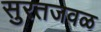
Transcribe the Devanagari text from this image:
सुरतजवळ